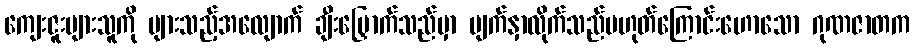
ကျေးဇူးများသူကို များသည့်အလျောက် ချီးမြှောက်သည်မှာ မျက်နှာလိုက်သည်မဟုတ်ကြောင်းဟောသော ဂုဏဇာတက